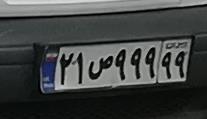
۲۱ص۴۹۹۹۹